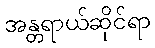
အန္တရာယ်ဆိုင်ရာ